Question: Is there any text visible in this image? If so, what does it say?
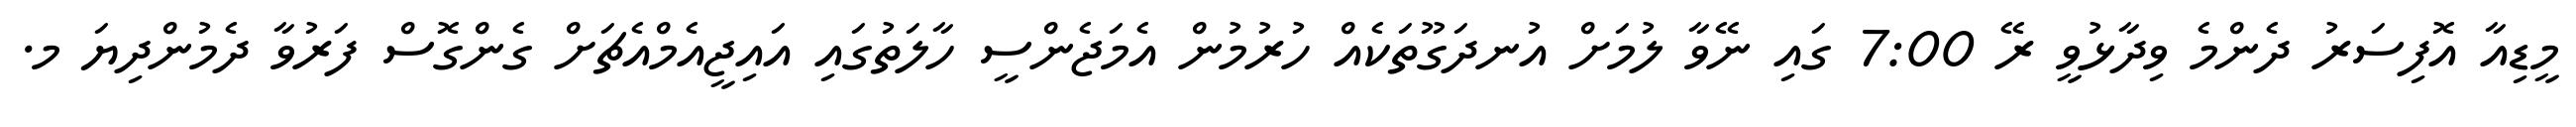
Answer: މީޑިއާ އޮފިސަރު ދެންމެ ވިދާޅުވީ ރޭ 7:00 ގައި ނޭވާ ލުމަށް އުނދަގޫތަކެއް ހުރުމުން އެމަޖެންސީ ހާލަތުގައި އައިޖީއެމްއެޗަށް ގެންގޮސް ފަރުވާ ދެމުންދިޔަ މ.